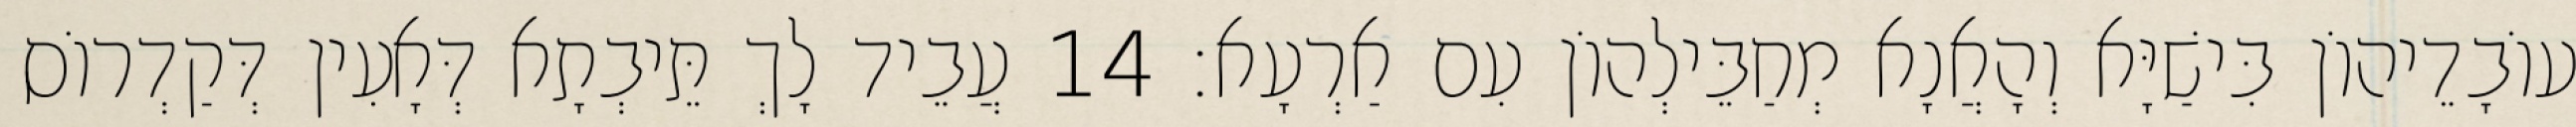
עוֹבָדֵיהוֹן בִּישַׁיָּא וְהָאֲנָא מְחַבֵּילְהוֹן עִם אַרְעָא׃ 14 עֲבֵיד לָךְ תֵּיבְתָא דְּאָעִין דְּקַדְרוֹס